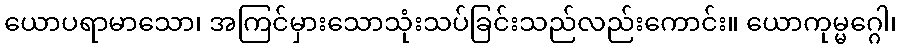
ယောပရာမာသော၊ အကြင်မှားသောသုံးသပ်ခြင်းသည်လည်းကောင်း။ ယောကုမ္မဂ္ဂေါ၊